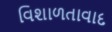
વિશાળતાવાદ